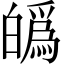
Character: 𤾡